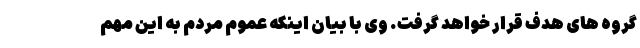
گروه های هدف قرار خواهد گرفت. وی با بیان اینکه عموم مردم به این مهم